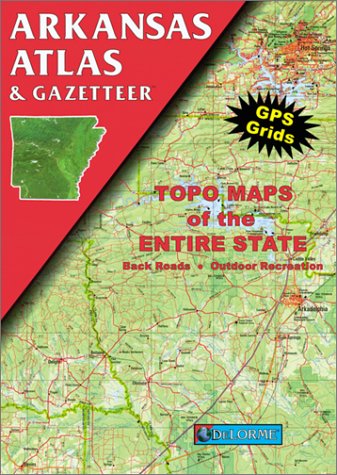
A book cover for Arkansas Atlas and Gazetteer (Arkansas Atlas & Gazetteer); Delorme Publishing Company; Travel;